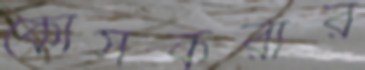
কোর্সকরার